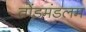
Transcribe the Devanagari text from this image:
तोंडमंडलम